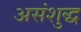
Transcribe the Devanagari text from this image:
असंशुद्ध